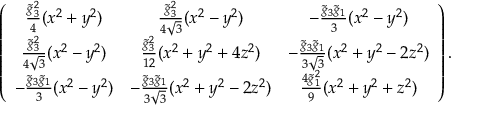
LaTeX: \left( \begin{array} { c c c } { { \frac { \tilde { g } _ { 3 } ^ { 2 } } { 4 } ( x ^ { 2 } + y ^ { 2 } ) } } & { { \frac { \tilde { g } _ { 3 } ^ { 2 } } { 4 \sqrt { 3 } } ( x ^ { 2 } - y ^ { 2 } ) } } & { { - \frac { \tilde { g } _ { 3 } \tilde { g } _ { 1 } } { 3 } ( x ^ { 2 } - y ^ { 2 } ) } } \\ { { \frac { \tilde { g } _ { 3 } ^ { 2 } } { 4 \sqrt { 3 } } ( x ^ { 2 } - y ^ { 2 } ) } } & { { \frac { \tilde { g } _ { 3 } ^ { 2 } } { 1 2 } ( x ^ { 2 } + y ^ { 2 } + 4 z ^ { 2 } ) } } & { { - \frac { \tilde { g } _ { 3 } \tilde { g } _ { 1 } } { 3 \sqrt { 3 } } ( x ^ { 2 } + y ^ { 2 } - 2 z ^ { 2 } ) } } \\ { { - \frac { \tilde { g } _ { 3 } \tilde { g } _ { 1 } } { 3 } ( x ^ { 2 } - y ^ { 2 } ) } } & { { - \frac { \tilde { g } _ { 3 } \tilde { g } _ { 1 } } { 3 \sqrt { 3 } } ( x ^ { 2 } + y ^ { 2 } - 2 z ^ { 2 } ) } } & { { \frac { 4 \tilde { g } _ { 1 } ^ { 2 } } { 9 } ( x ^ { 2 } + y ^ { 2 } + z ^ { 2 } ) } } \end{array} \right) .